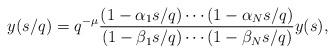
LaTeX: \begin{align*}y(s/q) = q^{-\mu} \frac{(1-\alpha_1 s/q) \cdots (1-\alpha_N s/q)}{(1-\beta_1 s/q) \cdots (1-\beta_N s/q)} y(s), \end{align*}